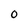
Character: O